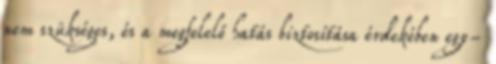
nem szükséges, és a megfelelő hatás biztosítása érdekében egy-